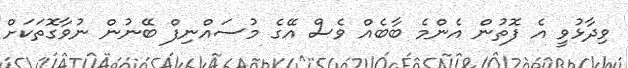
ވިދާޅުވީ އެ ފޮތުން އެންމެ ބާބެއް ވެސް އޭގެ މުސައްނިފް ބޭނުން ނުވާގޮތަކަށް